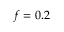
f = 0 . 2